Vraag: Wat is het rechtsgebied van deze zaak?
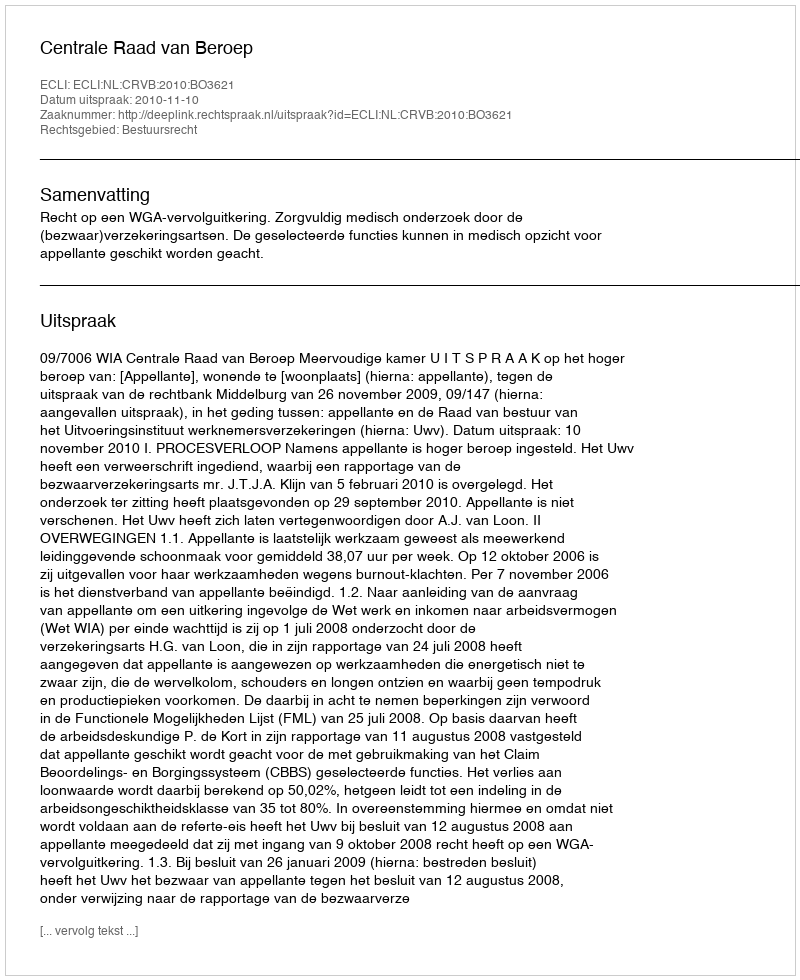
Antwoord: Bestuursrecht